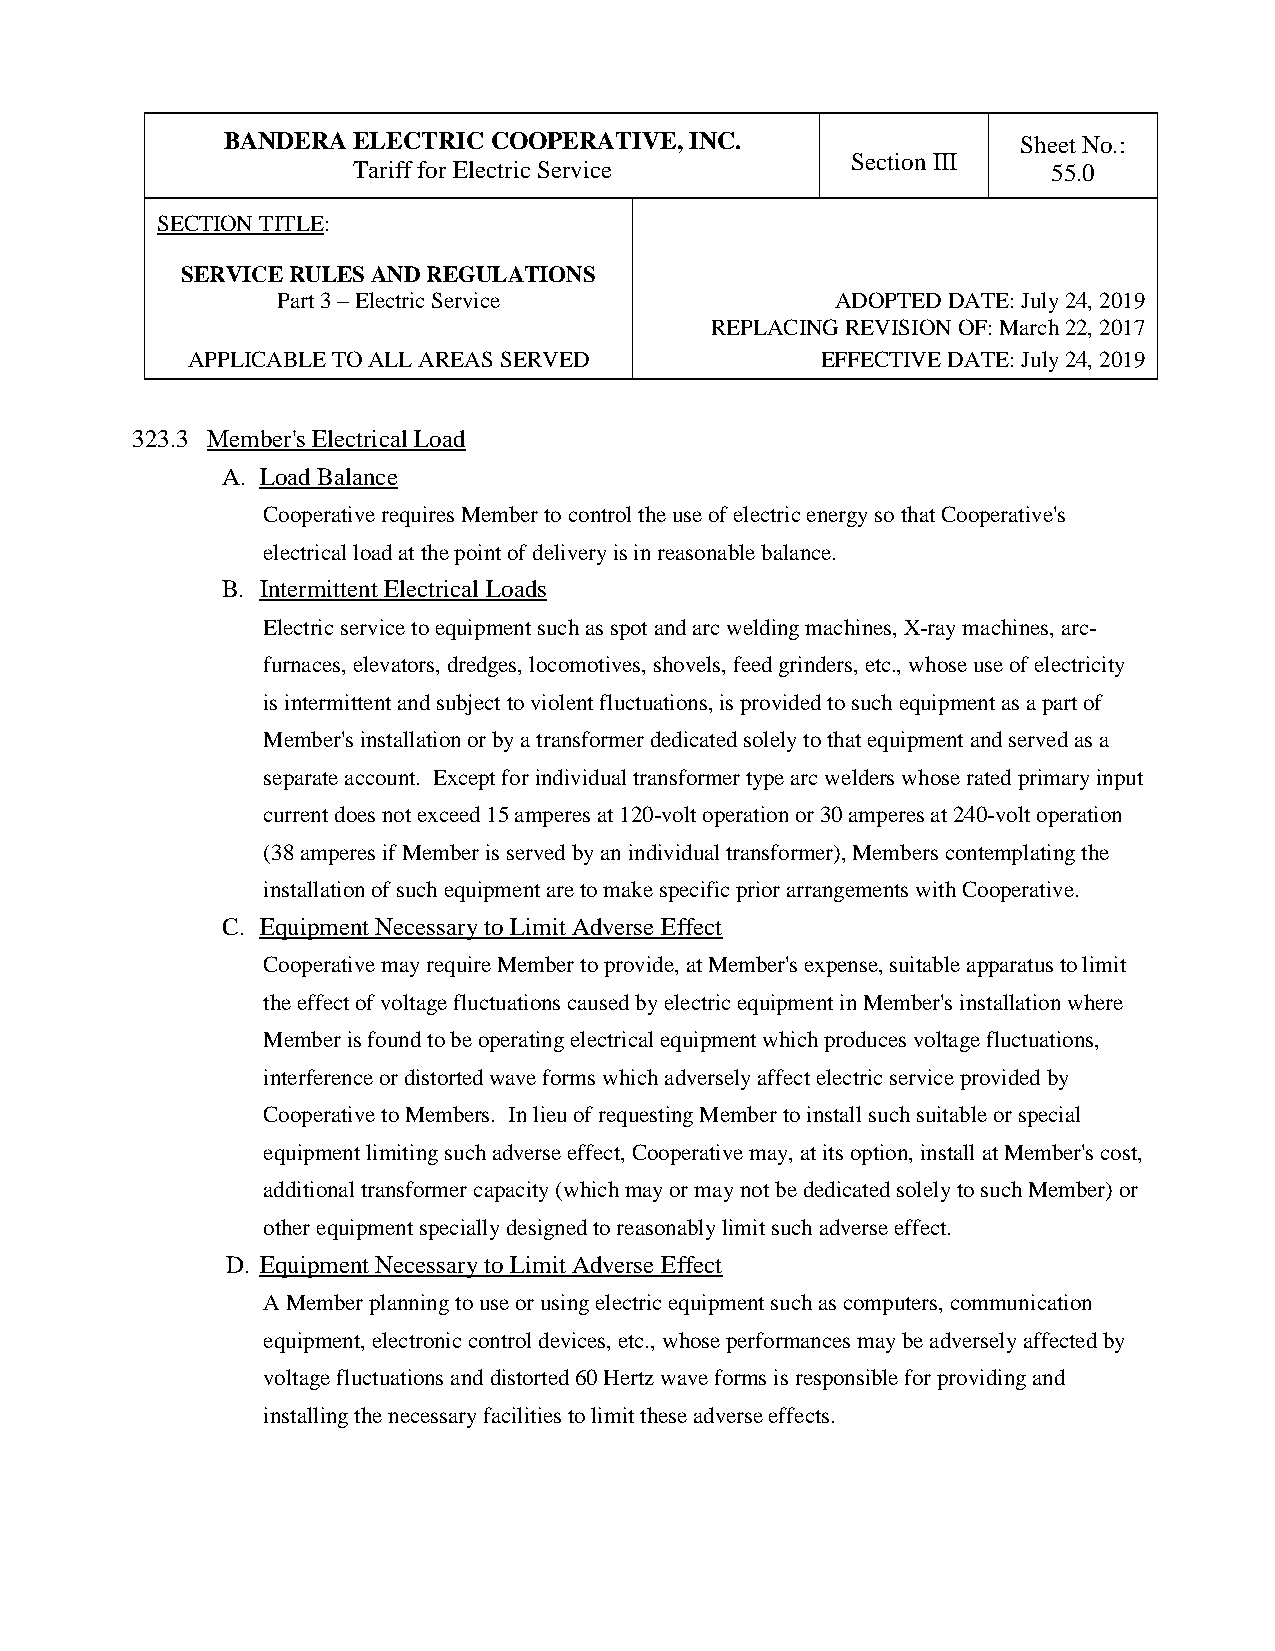
BANDERA ELECTRIC COOPERATIVE,  INC.                  Sheet No.:
 Section III
 Tariff for Electric Service                    55.0
 SECTION TITLE:
 SERVICE RULES AND REGULATIONS
 Part 3 – Electric Service            ADOPTED DATE: July 24, 2019
 REPLACING REVISION OF: March 22, 2017
 APPLICABLE TO ALL AREAS SERVED            EFFECTIVE DATE: July 24, 2019
 323.3 Member's Electrical Load
 A. Load Balance
 Cooperative requires Member to control the use of electric energy so that Cooperative's
 electrical load at the point of delivery is in reasonable balance.
 B. Intermittent Electrical Loads
 Electric service to equipment such as spot and arc welding machines, X-ray machines, arc-
 furnaces, elevators, dredges, locomotives, shovels, feed grinders, etc., whose use of electricity
 is intermittent and subject to violent fluctuations, is provided to such equipment as a part of
 Member's installation or by a transformer dedicated solely to that equipment and served as a
 separate account. Except for individual transformer type arc welders whose rated primary input
 current does not exceed 15 amperes at 120-volt operation or 30 amperes at 240-volt operation
 (38 amperes if Member is served by an individual transformer), Members contemplating the
 installation of such equipment are to make specific prior arrangements with Cooperative.
 C. Equipment Necessary to Limit Adverse Effect
 Cooperative may require Member to provide, at Member's expense, suitable apparatus to limit
 the effect of voltage fluctuations caused by electric equipment in Member's installation where
 Member is found to be operating electrical equipment which produces voltage fluctuations,
 interference or distorted wave forms which adversely affect electric service provided by
 Cooperative to Members. In lieu of requesting Member to install such suitable or special
 equipment limiting such adverse effect, Cooperative may, at its option, install at Member's cost,
 additional transformer capacity (which may or may not be dedicated solely to such Member) or
 other equipment specially designed to reasonably limit such adverse effect.
 D. Equipment Necessary to Limit Adverse Effect
 A Member planning to use or using electric equipment such as computers, communication
 equipment, electronic control devices, etc., whose performances may be adversely affected by
 voltage fluctuations and distorted 60 Hertz wave forms is responsible for providing and
 installing the necessary facilities to limit these adverse effects.